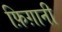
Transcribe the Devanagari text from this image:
फ़िग़ानी